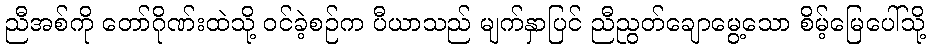
ညီအစ်ကို တော်ဂိုဏ်းထဲသို့ ဝင်ခဲ့စဉ်က ပီယာသည် မျက်နှာပြင် ညီညွတ်ချောမွေ့သော စိမ့်မြေပေါ်သို့